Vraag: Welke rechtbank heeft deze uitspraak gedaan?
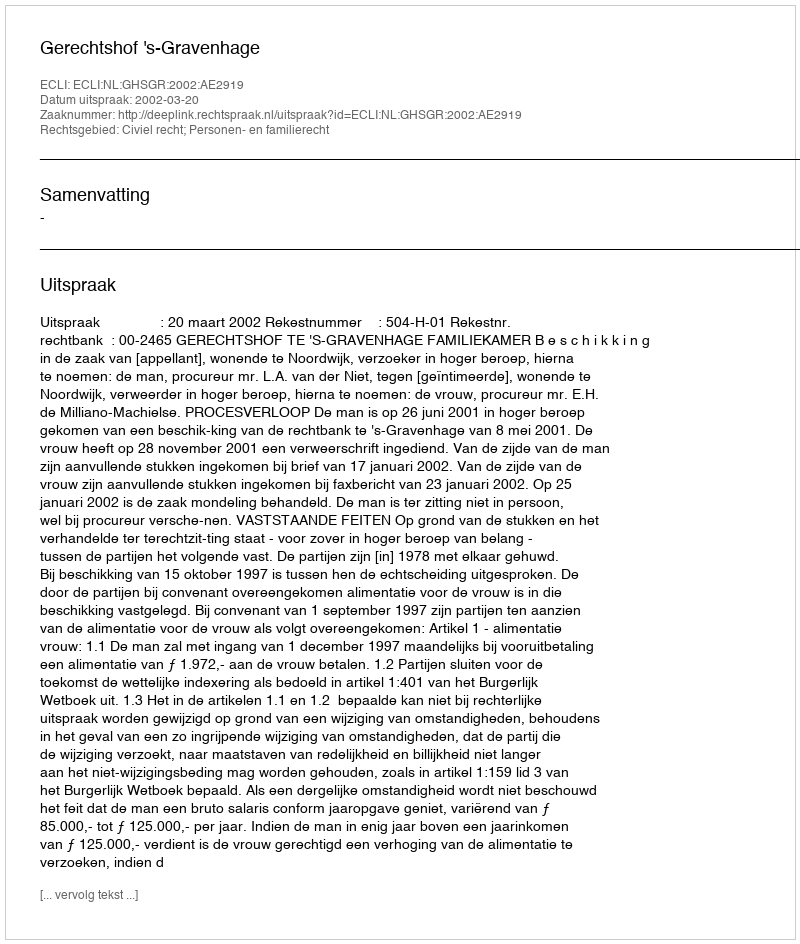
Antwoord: Gerechtshof 's-Gravenhage